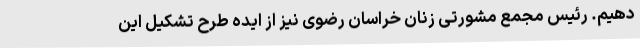
دهیم. رئیس مجمع مشورتی زنان خراسان رضوی نیز از ایده طرح تشکیل این